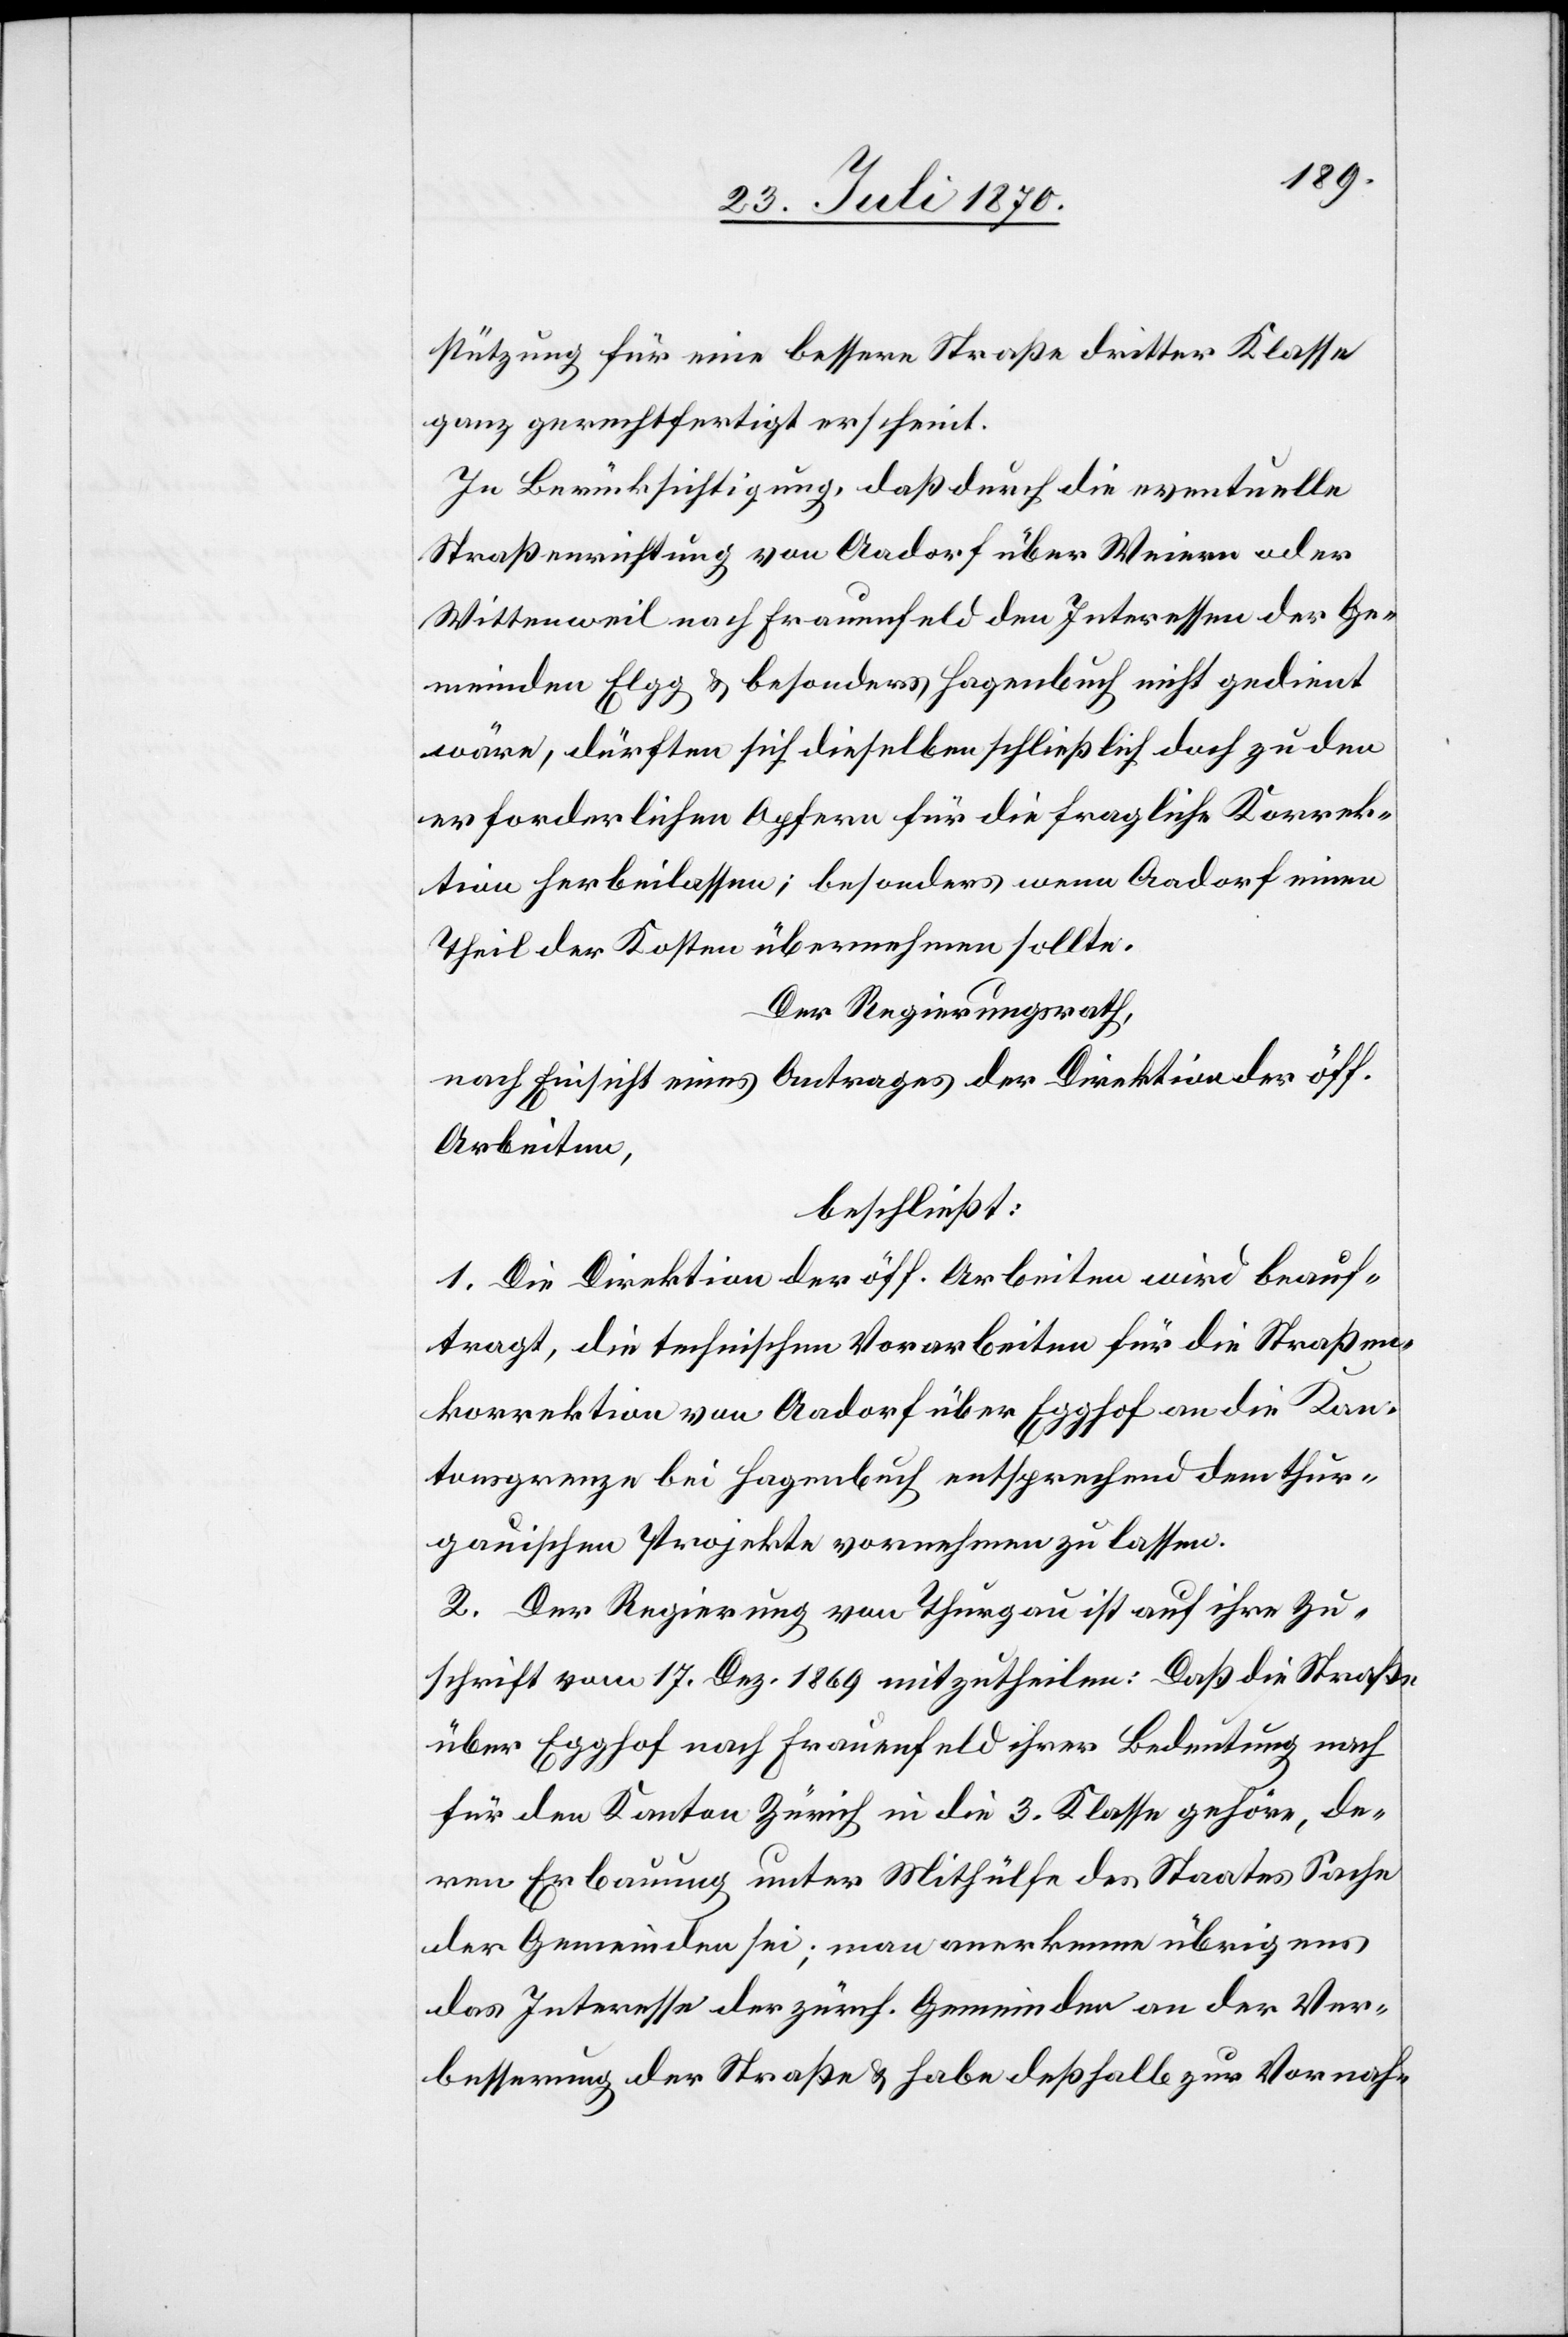
stützung für eine bessere Straße dritter Klasse
ganz gerechtfertigt erscheint.
In Berücksichtigung, daß durch die eventuelle
Straßenrichtung von Aadorf über Weiern oder
Wittenweil nach Frauenfeld den Interessen der Ge¬
meinden Elgg & besonders Hagenbuch nicht gedient
wäre, dürften sich dieselben schließlich doch zu den
erforderlichen Opfern für die fragliche Korrek¬
tion herbeilassen; besonders wenn Aadorf einen
Theil der Kosten übernehmen sollte.
Der Regierungsrath,
nach Einsicht eines Antrages der Direktion der öff.
Arbeiten,
beschließt:
1. Die Direktion der öff. Arbeiten wird beauf¬
tragt, die technischen Vorarbeiten für die Straßen¬
korrektion von Aadorf über Egghof an die Kan¬
tonsgrenze bei Hagenbuch entsprechend dem thur¬
gauischen Projekte vornehmen zu lassen.
2. Der Regierung von Thurgau ist auf ihre Zu¬
schrift vom 17. Dez. 1869 mitzutheilen: Daß die Straße
über Egghof nach Frauenfeld ihrer Bedeutung nach
für den Kanton Zürich in die 3. Klasse gehöre, de¬
ren Erbauung unter Mithülfe des Staates Sache
der Gemeinden sei; man anerkenne übrigens
das Interesse der zürch. Gemeinden an der Ver¬
besserung der Straße & habe deßhalb zur Vornah-